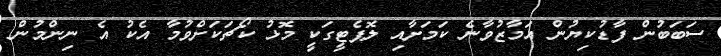
ސަބަބުން ފާޑުކިޔުން އަމާޒުވާނެ ކަމަށާއި ލޮޕެޓީގަކީ މޮޅު ކޯޗަކަށްވުމާ އެކު އެ ނިންމުން